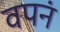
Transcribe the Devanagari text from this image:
वपनं